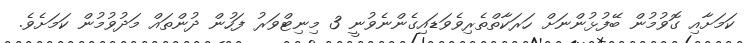
ކަމަށާއި ގޮވުމުން ބޭފުޅުންނަށް ހަރަކާތްތެރިވެވަޑައިގެންނެވުނީ 3 މިނިޓްވަރު ފަހުން ދުންތައް މަދުވުމުން ކަމަށެވެ.